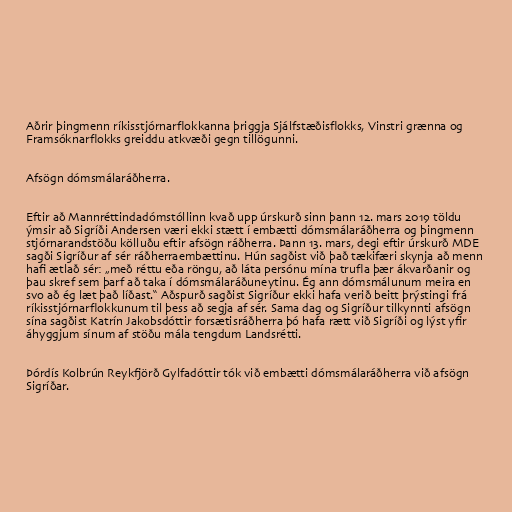
Aðrir þingmenn ríkisstjórnarflokkanna þriggja Sjálfstæðisflokks, Vinstri grænna og
Framsóknarflokks greiddu atkvæði gegn tillögunni.

Afsögn dómsmálaráðherra.

Eftir að Mannréttindadómstóllinn kvað upp úrskurð sinn þann 12. mars 2019 töldu
ýmsir að Sigríði Andersen væri ekki stætt í embætti dómsmálaráðherra og þingmenn
stjórnarandstöðu kölluðu eftir afsögn ráðherra. Þann 13. mars, degi eftir úrskurð MDE
sagði Sigríður af sér ráðherraembættinu. Hún sagðist við það tækifæri skynja að menn
hafi ætlað sér: „með réttu eða röngu, að láta persónu mína trufla þær ákvarðanir og
þau skref sem þarf að taka í dómsmálaráðuneytinu. Ég ann dómsmálunum meira en
svo að ég læt það líðast.“ Aðspurð sagðist Sigríður ekki hafa verið beitt þrýstingi frá
ríkisstjórnarflokkunum til þess að segja af sér. Sama dag og Sigríður tilkynnti afsögn
sína sagðist Katrín Jakobsdóttir forsætisráðherra þó hafa rætt við Sigríði og lýst yfir
áhyggjum sínum af stöðu mála tengdum Landsrétti.

Þórdís Kolbrún Reykfjörð Gylfadóttir tók við embætti dómsmálaráðherra við afsögn
Sigríðar.